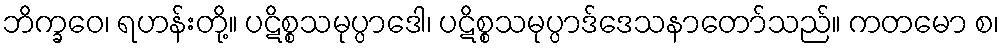
ဘိက္ခဝေ၊ ရဟန်းတို့။ ပဋိစ္စသမုပ္ပာဒေါ၊ ပဋိစ္စသမုပ္ပာဒ်ဒေသနာတော်သည်။ ကတမော စ၊